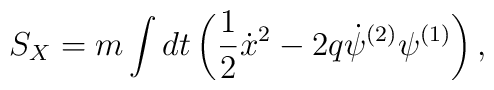
S_X = m \int dt \left( \frac{1}{2} {\dot{x}^2} - 2 q \dot{\psi}^{(2)}\psi^{(1)} \right),